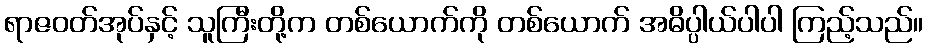
ရာဇဝတ်အုပ်နှင့် သူကြီးတို့က တစ်ယောက်ကို တစ်ယောက် အဓိပ္ပါယ်ပါပါ ကြည့်သည်။